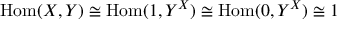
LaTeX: \mathrm { H o m } ( X , Y ) \cong \mathrm { H o m } ( 1 , Y ^ { X } ) \cong \mathrm { H o m } ( 0 , Y ^ { X } ) \cong 1